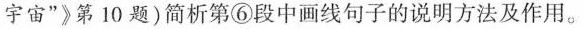
宇宙”》第10题)简析第⑥段中画线句子的说明方法及作用。